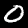
Label: 0